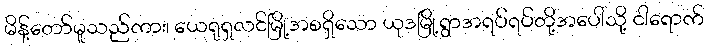
မိန့်တော်မူသည်ကား၊ ယေရုရှလင်မြို့အစရှိသော ယုဒမြို့ရွာအရပ်ရပ်တို့အပေါ်သို့ ငါရောက်